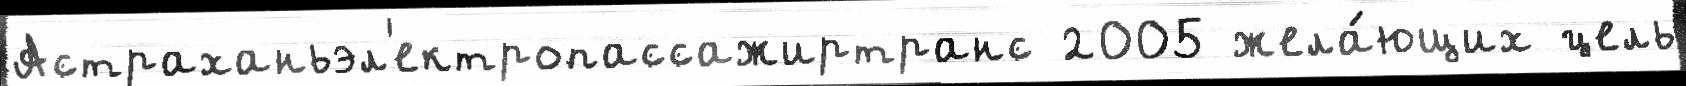
Астраханьэл'ектропассажиртранс 2005 жела́ющих цель